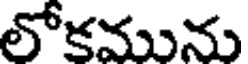
లోకమును